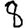
Digit: 8